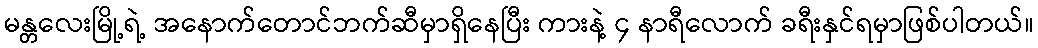
မန္တလေးမြို့ရဲ့ အနောက်တောင်ဘက်ဆီမှာရှိနေပြီး ကားနဲ့ ၄ နာရီလောက် ခရီးနှင်ရမှာဖြစ်ပါတယ်။